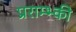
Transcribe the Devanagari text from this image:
प्रराम्भ्की